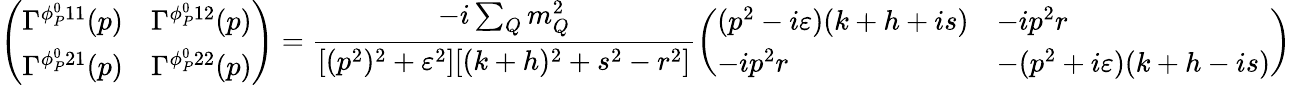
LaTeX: \left(\begin{array}{ll}{{\Gamma^{\phi_{P}^{0}11}(p)}}&{{\Gamma^{\phi_{P}^{0}12}(p)}}\\ {{\Gamma^{\phi_{P}^{0}21}(p)}}&{{\Gamma^{\phi_{P}^{0}22}(p)}}\end{array}\right)=\frac{-i\sum_{Q}m_{Q}^{2}}{[(p^{2})^{2}+\varepsilon^{2}][(k+h)^{2}+s^{2}-r^{2}]}\left(\begin{array}{ll}{{(p^{2}-i\varepsilon)(k+h+is)}}&{{-ip^{2}r}}\\ {{-ip^{2}r}}&{{-(p^{2}+i\varepsilon)(k+h-is)}}\end{array}\right)